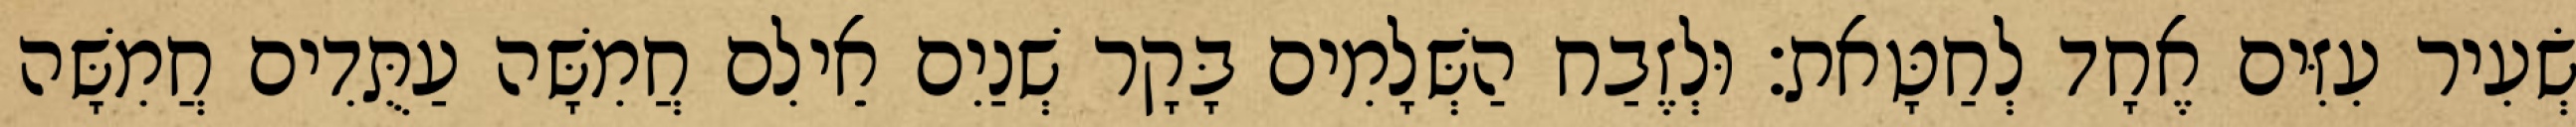
שְׂעִיר עִזִּים אֶחָד לְחַטָּאת׃ וּלְזֶבַח הַשְּׁלָמִים בָּקָר שְׁנַיִם אֵילִם חֲמִשָּׁה עַתֻּדִים חֲמִשָּׁה